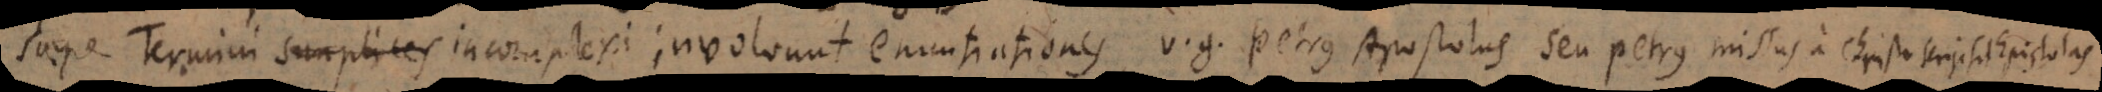
Saepe Termini simplices incomplexi involvunt enuntiationes, v.g. Petrus Apostolus seu Petrus missus a Christo scripsit Epistolas.